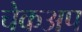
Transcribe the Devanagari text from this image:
चेकअप